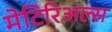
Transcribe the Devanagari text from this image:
मेटिरिअल्स